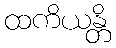
ထကိယန္တိ